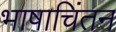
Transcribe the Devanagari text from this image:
भाषाचिंतन